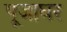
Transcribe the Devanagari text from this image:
पूजाघर